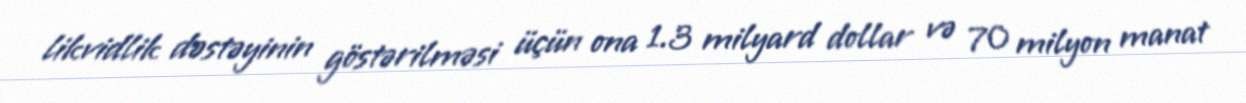
likvidlik dəstəyinin göstərilməsi üçün ona 1.3 milyard dollar və 70 milyon manat